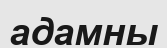
адамны